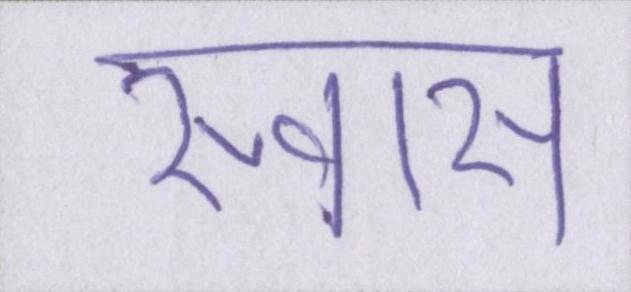
स्वास